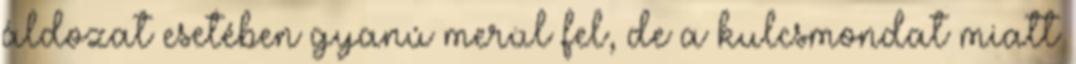
áldozat esetében gyanú merül fel, de a kulcsmondat miatt